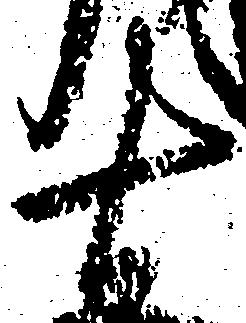
十